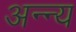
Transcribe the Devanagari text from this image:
अन्न्य